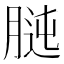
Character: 𦝊